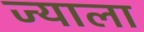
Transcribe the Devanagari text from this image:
ज्‍याला